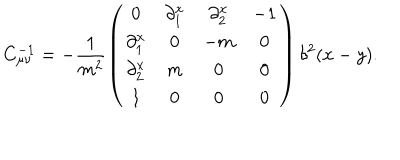
LaTeX: C _ { \mu \nu } ^ { - 1 } = - \frac { 1 } { m ^ { 2 } } \left( \begin{array} { c c c c } { { 0 } } & { { \partial _ { 1 } ^ { x } } } & { { \partial _ { 2 } ^ { x } } } & { { - 1 } } \\ { { \partial _ { 1 } ^ { x } } } & { { 0 } } & { { - m } } & { { 0 } } \\ { { \partial _ { 2 } ^ { x } } } & { { m } } & { { 0 } } & { { 0 } } \\ { { 1 } } & { { 0 } } & { { 0 } } & { { 0 } } \\ \end{array} \right) \delta ^ { 2 } ( x - y ) .